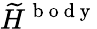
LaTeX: \widetilde{H}^{\mathrm{~b~o~d~y~}}